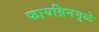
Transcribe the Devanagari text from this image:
फायब्रिनमुळे